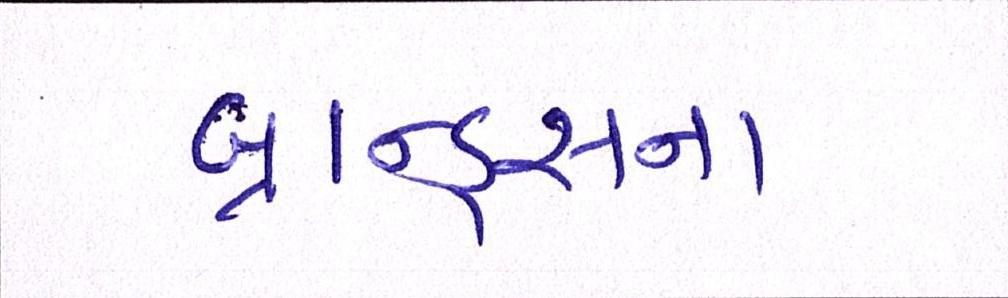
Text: બ્રાન્ડ્સના